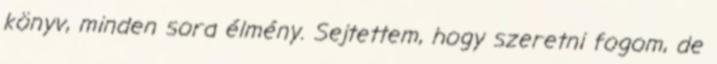
könyv, minden sora élmény. Sejtettem, hogy szeretni fogom, de